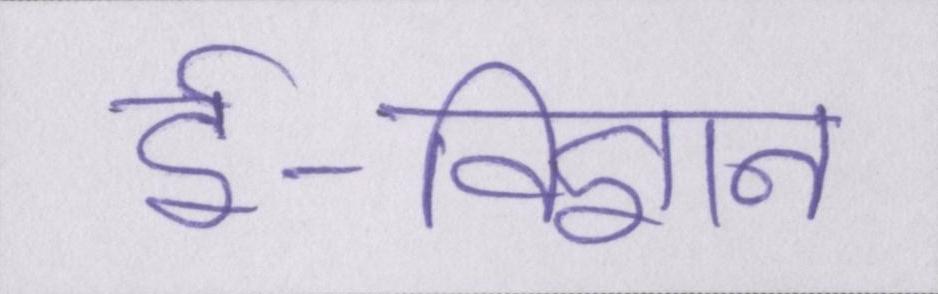
ई-विज्ञान